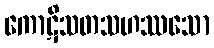
ကောဋိသတသဟဿသော